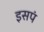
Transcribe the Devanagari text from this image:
इसपं